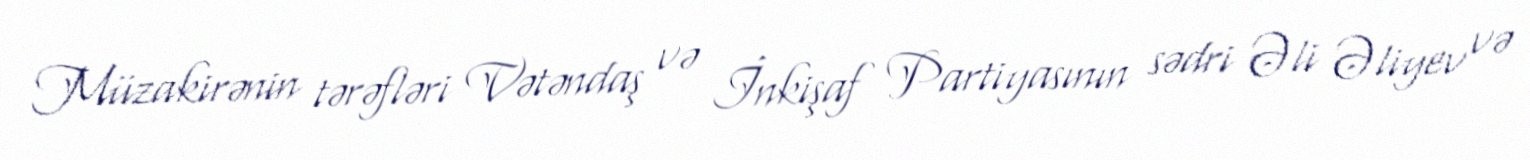
Müzakirənin tərəfləri Vətəndaş və İnkişaf Partiyasının sədri Əli Əliyev və